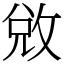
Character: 敓